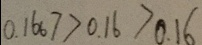
0 . 1 6 6 7 > 0 . 1 6 > 0 . 1 6